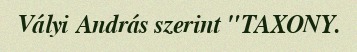
Vályi András szerint "TAXONY.